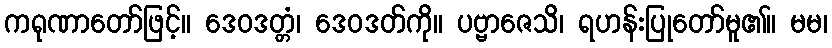
ကရုဏာတော်ဖြင့်။ ဒေဝဒတ္တံ၊ ဒေဝဒတ်ကို။ ပဗ္ဗာဇေသိ၊ ရဟန်းပြုတော်မူ၏။ မမ၊